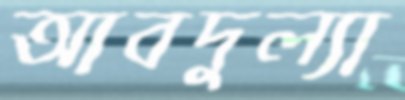
আবদুল্যা